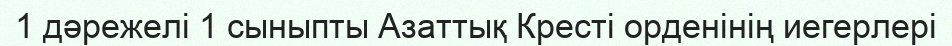
1 дәрежелі 1 сыныпты Азаттық Кресті орденінің иегерлері